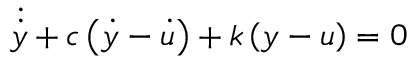
\dot { \dot { y } } + c \left( \dot { y } - \dot { u } \right) + k \left( y - u \right) = 0